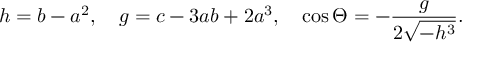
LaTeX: h = b - a ^ { 2 } , \quad g = c - 3 a b + 2 a ^ { 3 } , \quad \cos \Theta = - \frac { g } { 2 \sqrt { - h ^ { 3 } } } .